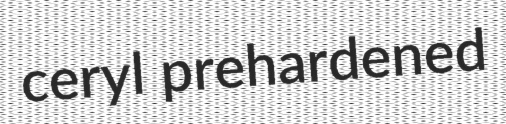
ceryl prehardened